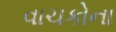
વાચકોના